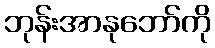
ဘုန်းအာနုဘော်ကို